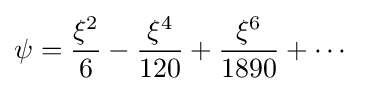
\psi ={\frac {\xi ^{2}}{6}}-{\frac {\xi ^{4}}{120}}+{\frac {\xi ^{6}}{1890}}+\cdots